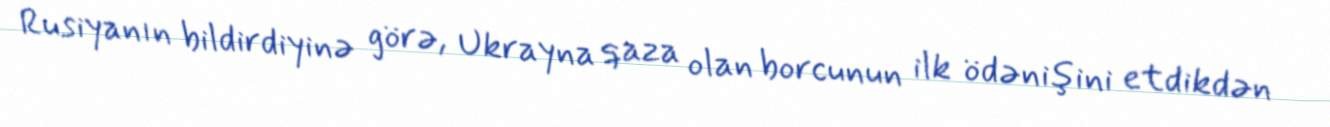
Rusiyanın bildirdiyinə görə, Ukrayna qaza olan borcunun ilk ödənişini etdikdən